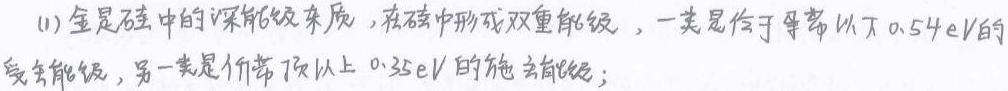
(1) 金是硅中的深能级杂质，在硅中形成双重能级，一类是位于导带以下$0.54\mathrm{eV}$的受主能级，另一类是价带顶以上$0.35\mathrm{eV}$的施主能级；